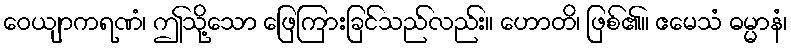
ဝေယျာကရဏံ၊ ဤသို့သော ဖြေကြားခြင်သည်လည်း။ ဟောတိ၊ ဖြစ်၏။ ဧမေသံ ဓမ္မာနံ၊